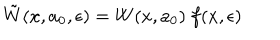
\tilde { W } ( x , a _ { 0 } , \epsilon ) = W ( x , a _ { 0 } ) ~ f ( x , \epsilon )